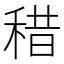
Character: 稓